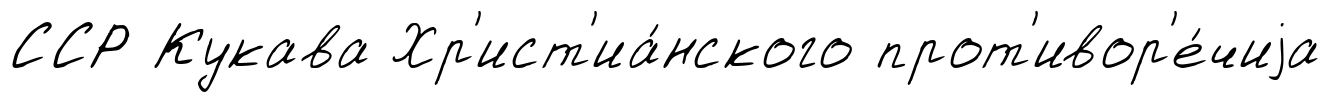
ССР Кукава Хр'ист'иа́нского прот'ивор'е́чиjа